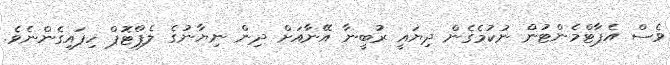
ވެސް އެޕާޓްމެންޓުން ނުކުމެގެން ދިޔައީ ރުބީނާ އޭނާއަށް ދިން ނިޔާނުގެ ލެޕްޓޮޕް ހިފައިގެންނެވެ.